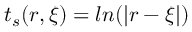
t _ { s } ( \boldsymbol { r } , \boldsymbol { \xi } ) = l n ( | \boldsymbol { r } - \boldsymbol { \xi } | )